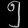
Digit: ၅